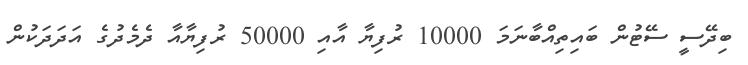
ބިދޭސީ ސޭޓުން ބައިތިއްބާނަމަ 10000 ރުފިޔާ އާއި 50000 ރުފިޔާއާ ދެމެދުގެ އަދަދަކުން